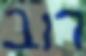
רוב